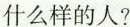
什么样的人?